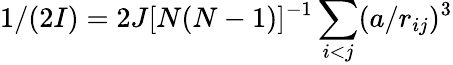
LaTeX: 1/(2I)=2J[N(N-1)]^{-1}\sum_{i<j}(a/r_{ij})^{3}